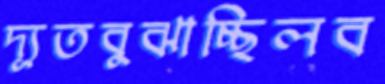
দ্যূতবুঝাচ্ছিলব